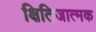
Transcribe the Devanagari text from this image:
क्षितिजात्मक